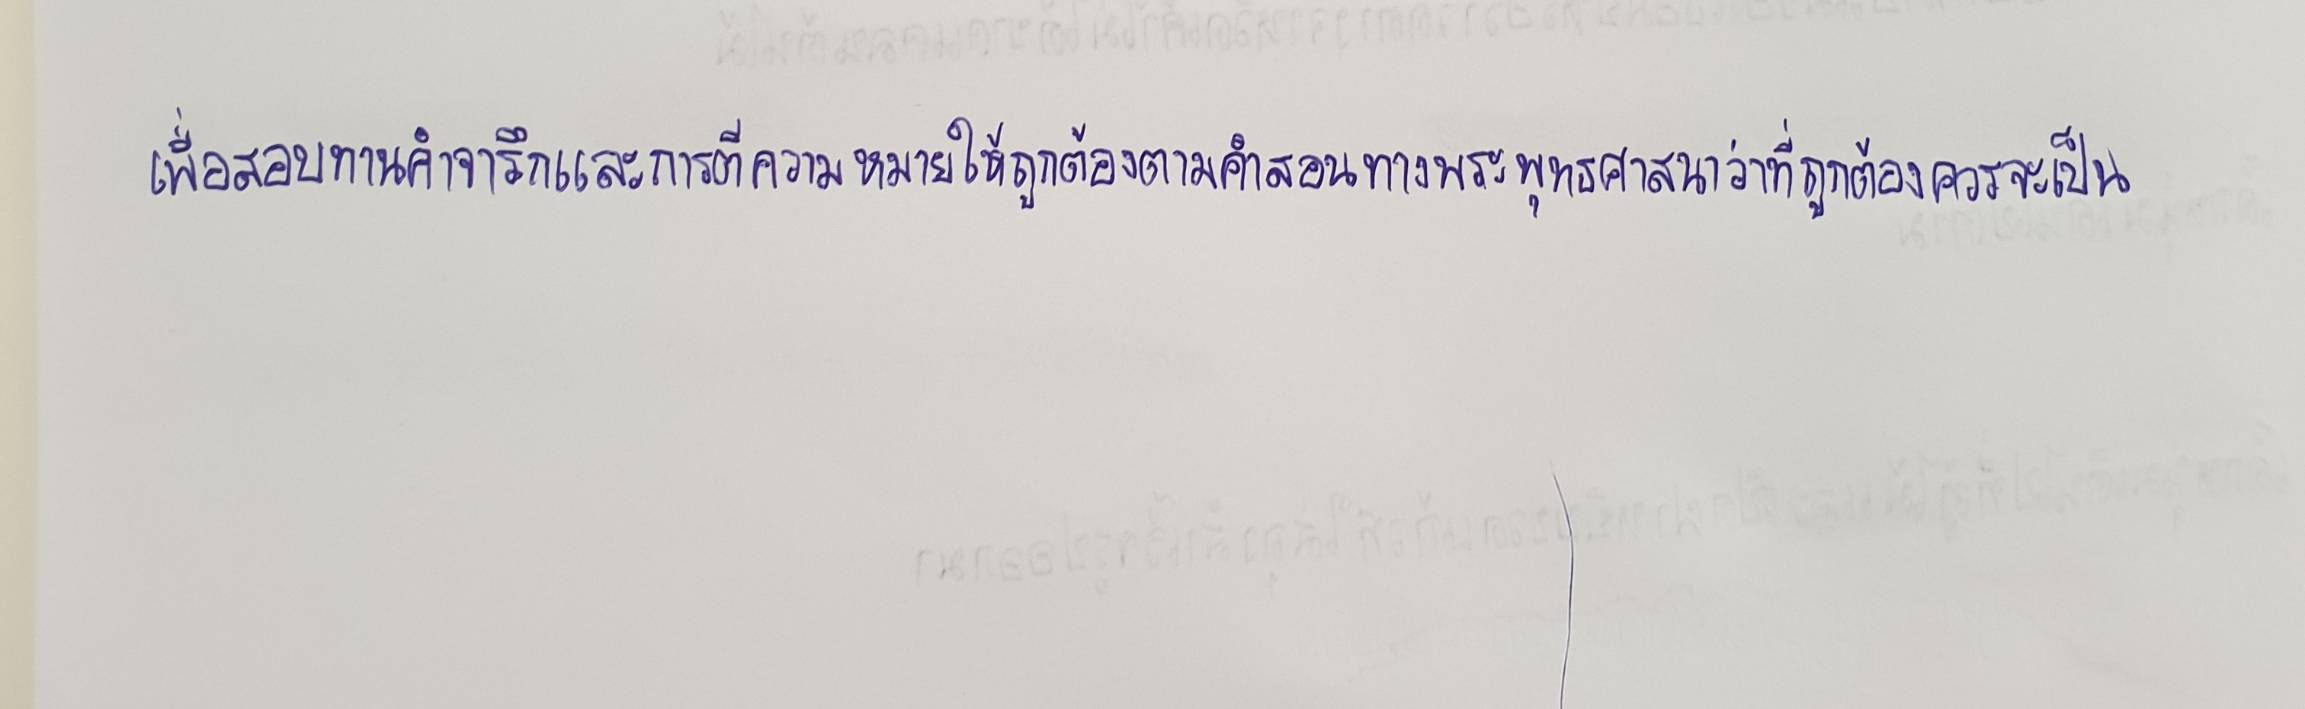
เพื่อสอบทานคำจารึกและการตีความหมายให้ถูกต้องตามคำสอนทางพระพุทธศาสนาว่าที่ถูกต้องควรจะเป็น